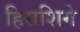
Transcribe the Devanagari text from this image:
हिसशिगे